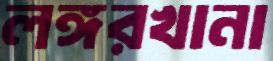
লঙ্গরখানা